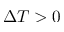
\Delta T > 0